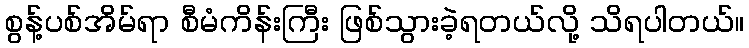
စွန့်ပစ်အိမ်ရာ စီမံကိန်းကြီး ဖြစ်သွားခဲ့ရတယ်လို့ သိရပါတယ်။